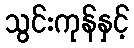
သွင်းကုန်နှင့်